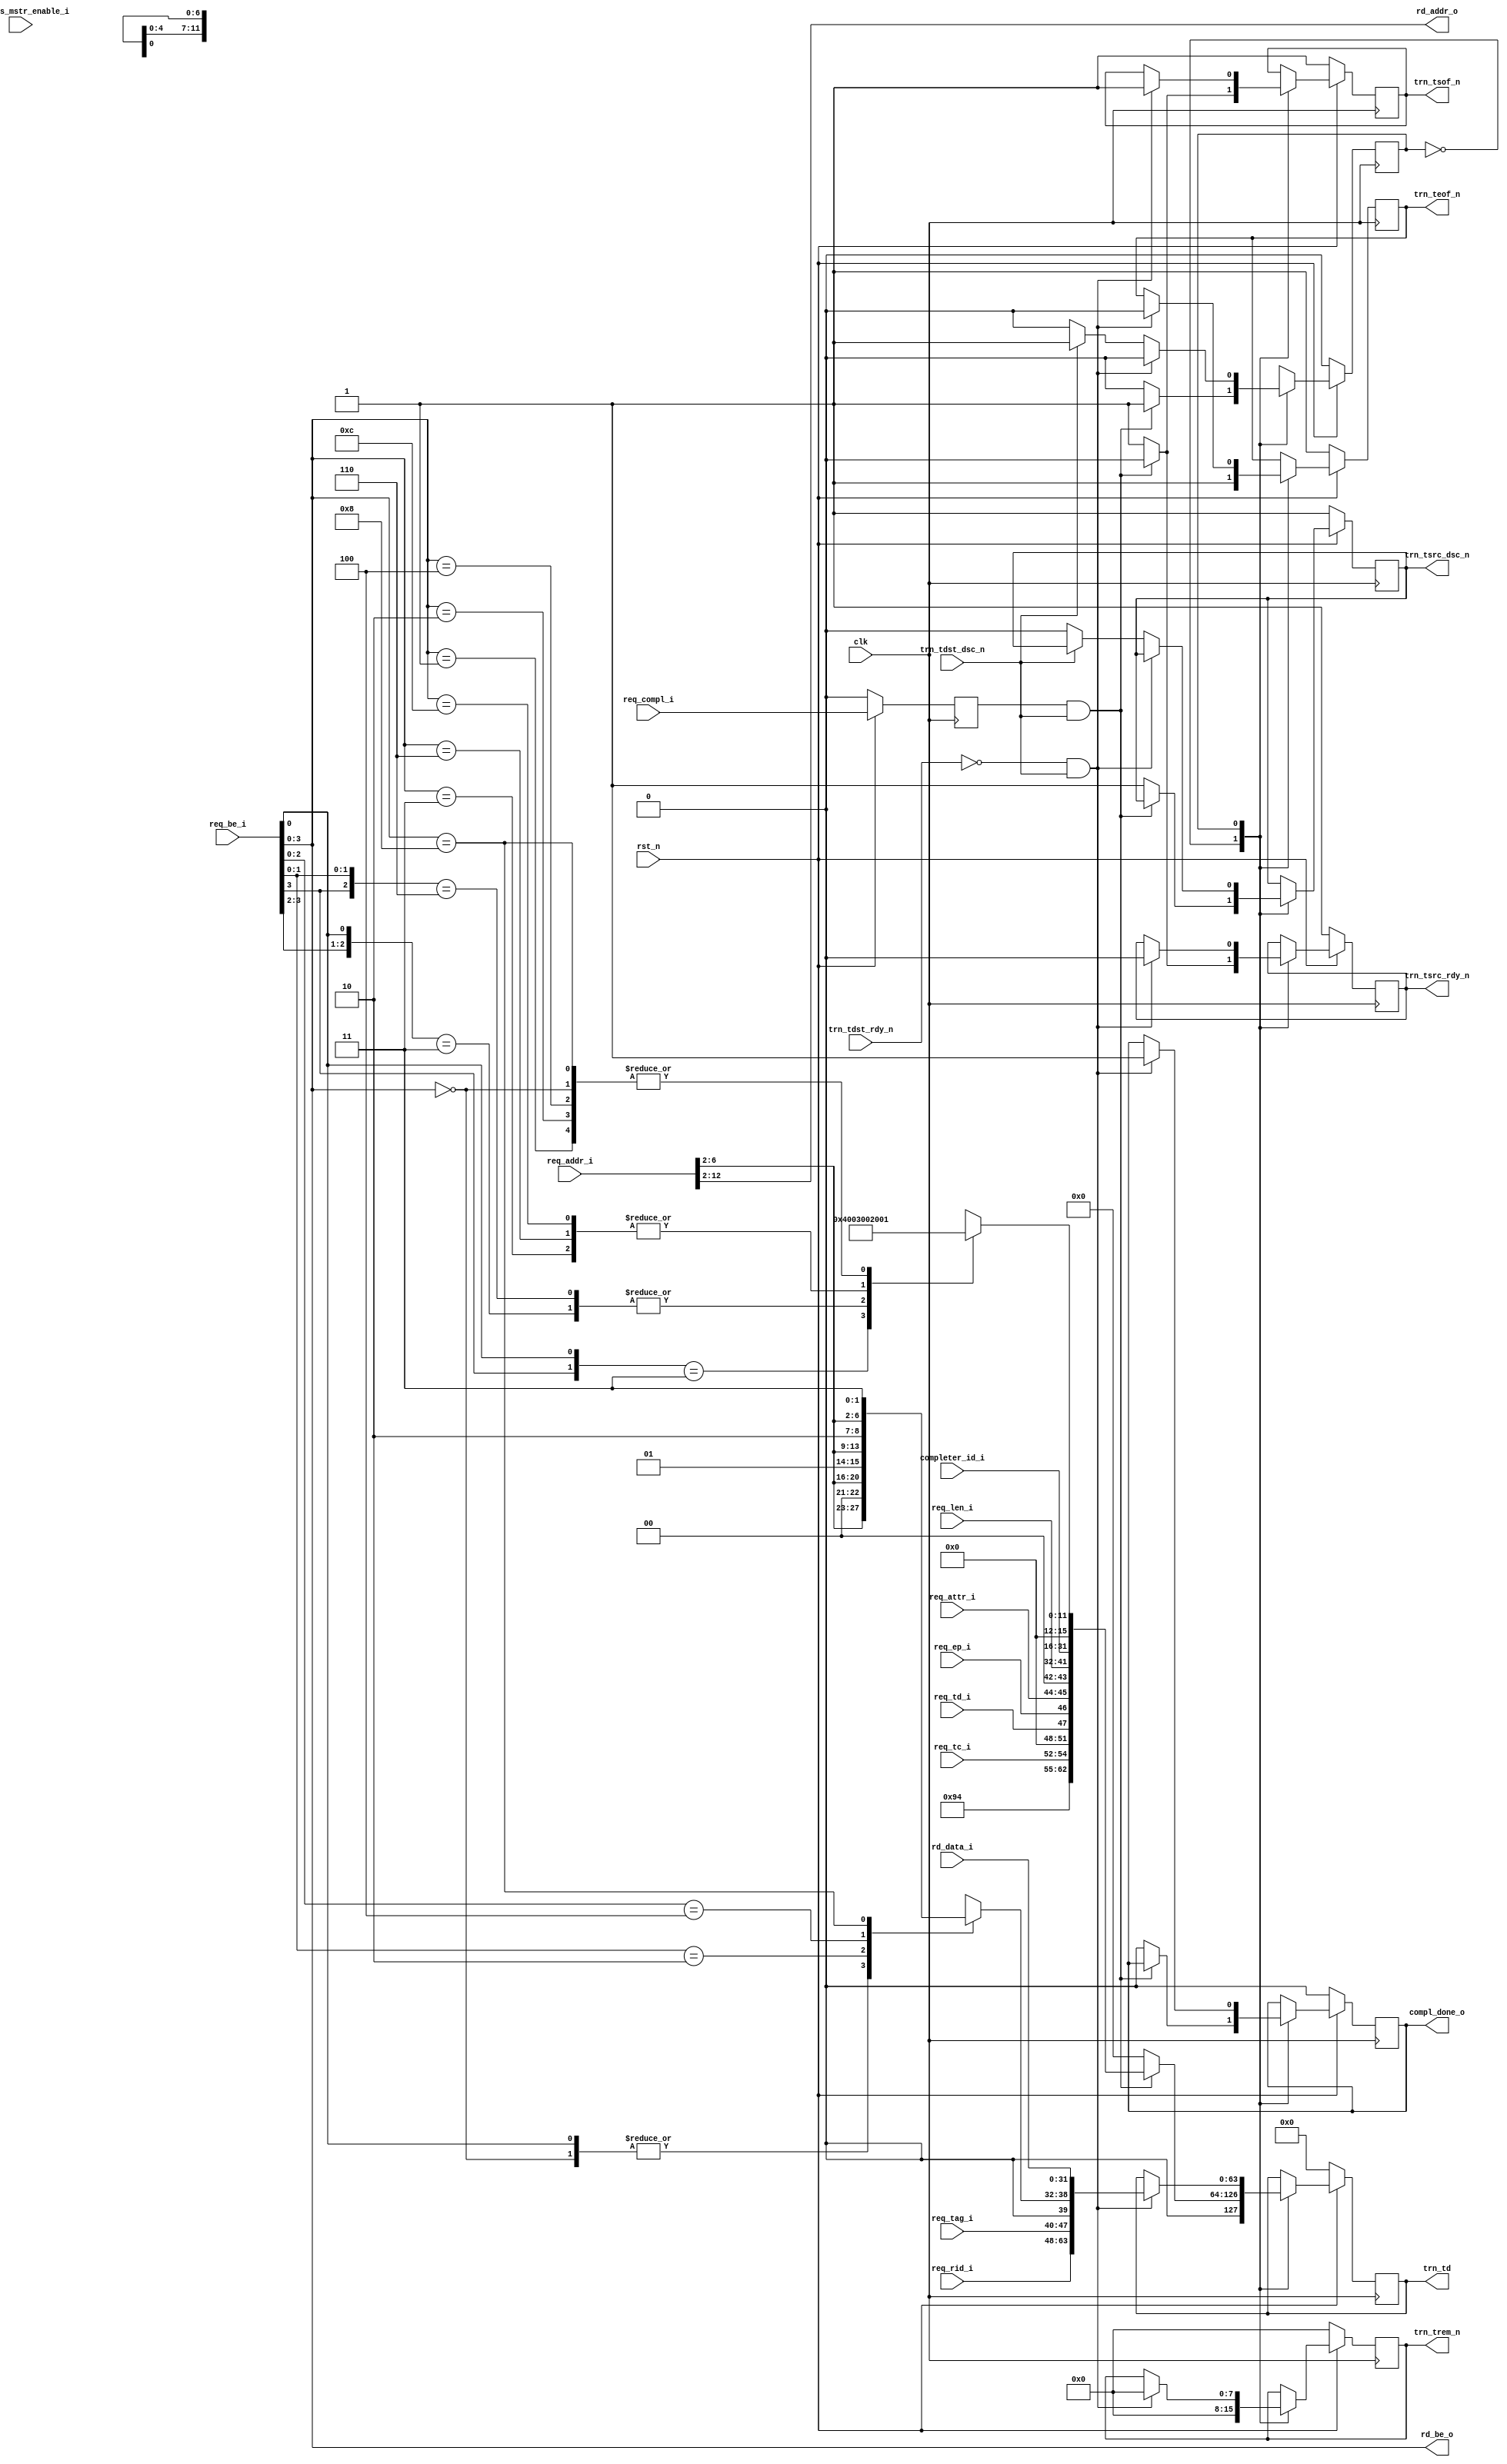
//-----------------------------------------------------------------------------
//
// (c) Copyright 2009-2011 Xilinx, Inc. All rights reserved.
//
// This file contains confidential and proprietary information
// of Xilinx, Inc. and is protected under U.S. and
// international copyright and other intellectual property
// laws.
//
// DISCLAIMER
// This disclaimer is not a license and does not grant any
// rights to the materials distributed herewith. Except as
// otherwise provided in a valid license issued to you by
// Xilinx, and to the maximum extent permitted by applicable
// law: (1) THESE MATERIALS ARE MADE AVAILABLE "AS IS" AND
// WITH ALL FAULTS, AND XILINX HEREBY DISCLAIMS ALL WARRANTIES
// AND CONDITIONS, EXPRESS, IMPLIED, OR STATUTORY, INCLUDING
// BUT NOT LIMITED TO WARRANTIES OF MERCHANTABILITY, NON-
// INFRINGEMENT, OR FITNESS FOR ANY PARTICULAR PURPOSE; and
// (2) Xilinx shall not be liable (whether in contract or tort,
// including negligence, or under any other theory of
// liability) for any loss or damage of any kind or nature
// related to, arising under or in connection with these
// materials, including for any direct, or any indirect,
// special, incidental, or consequential loss or damage
// (including loss of data, profits, goodwill, or any type of
// loss or damage suffered as a result of any action brought
// by a third party) even if such damage or loss was
// reasonably foreseeable or Xilinx had been advised of the
// possibility of the same.
//
// CRITICAL APPLICATIONS
// Xilinx products are not designed or intended to be fail-
// safe, or for use in any application requiring fail-safe
// performance, such as life-support or safety devices or
// systems, Class III medical devices, nuclear facilities,
// applications related to the deployment of airbags, or any
// other applications that could lead to death, personal
// injury, or severe property or environmental damage
// (individually and collectively, "Critical
// Applications"). Customer assumes the sole risk and
// liability of any use of Xilinx products in Critical
// Applications, subject only to applicable laws and
// regulations governing limitations on product liability.
//
// THIS COPYRIGHT NOTICE AND DISCLAIMER MUST BE RETAINED AS
// PART OF THIS FILE AT ALL TIMES.
//
//-----------------------------------------------------------------------------
// Project    : Virtex-6 Integrated Block for PCI Express
// Version    : 1.7
//-- Description: 64 bit Local-Link Transmit Unit.
//--
//--------------------------------------------------------------------------------

`timescale 1ns/1ns

`define PIO_64_CPLD_FMT_TYPE 7'b10_01010

`define PIO_64_TX_RST_STATE  1'b0
`define PIO_64_TX_CPLD_QW1   1'b1

module PIO_64_TX_ENGINE    (

                        clk,
                        rst_n,

                        trn_td,
                        trn_trem_n,
                        trn_tsof_n,
                        trn_teof_n,
                        trn_tsrc_rdy_n,
                        trn_tsrc_dsc_n,
                        trn_tdst_rdy_n,
                        trn_tdst_dsc_n,

                        req_compl_i,
                        compl_done_o,

                        req_tc_i,     
                        req_td_i,
                        req_ep_i,
                        req_attr_i,
                        req_len_i,
                        req_rid_i,        
                        req_tag_i,
                        req_be_i,
                        req_addr_i,

                        // Read Access

                        rd_addr_o,
                        rd_be_o,
                        rd_data_i,

                        completer_id_i,
                        cfg_bus_mstr_enable_i

                        );

    input               clk;
    input               rst_n;

    output [63:0]       trn_td;
    output [7:0]        trn_trem_n;
    output              trn_tsof_n;
    output              trn_teof_n;
    output              trn_tsrc_rdy_n;
    output              trn_tsrc_dsc_n;
    input               trn_tdst_rdy_n;
    input               trn_tdst_dsc_n;

    input               req_compl_i;
    output              compl_done_o;

    input [2:0]         req_tc_i;
    input               req_td_i;
    input               req_ep_i;
    input [1:0]         req_attr_i;
    input [9:0]         req_len_i;
    input [15:0]        req_rid_i;
    input [7:0]         req_tag_i;
    input [7:0]         req_be_i;
    input [12:0]        req_addr_i;

    output [10:0]       rd_addr_o;
    output [3:0]        rd_be_o;
    input  [31:0]       rd_data_i;

    input [15:0]        completer_id_i;
    input               cfg_bus_mstr_enable_i;

    // Local registers

    reg [63:0]          trn_td;
    reg [7:0]           trn_trem_n;
    reg                 trn_tsof_n;
    reg                 trn_teof_n;
    reg                 trn_tsrc_rdy_n;
    reg                 trn_tsrc_dsc_n /*synthesis syn_keep = 1*/;

    reg [11:0]          byte_count;
    reg [06:0]          lower_addr;

    reg                 compl_done_o;
    reg                 req_compl_q;

    reg [0:0]           state;

    // Local wires

    /*
     * Present address and byte enable to memory module
     */

    assign rd_addr_o = req_addr_i[12:2];
    assign rd_be_o =   req_be_i[3:0];

    /*
     * Calculate byte count based on byte enable
     */

    always @ (rd_be_o) begin

      casex (rd_be_o[3:0])

        4'b1xx1 : byte_count = 12'h004;
        4'b01x1 : byte_count = 12'h003;
        4'b1x10 : byte_count = 12'h003;
        4'b0011 : byte_count = 12'h002;
        4'b0110 : byte_count = 12'h002;
        4'b1100 : byte_count = 12'h002;
        4'b0001 : byte_count = 12'h001;
        4'b0010 : byte_count = 12'h001;
        4'b0100 : byte_count = 12'h001;
        4'b1000 : byte_count = 12'h001;
        4'b0000 : byte_count = 12'h001;

      endcase

    end

    /*
     * Calculate lower address based on  byte enable
     */

    always @ (rd_be_o or req_addr_i) begin

      casex (rd_be_o[3:0])
      
        4'b0000 : lower_addr = {req_addr_i[6:2], 2'b00};
        4'bxxx1 : lower_addr = {req_addr_i[6:2], 2'b00};
        4'bxx10 : lower_addr = {req_addr_i[6:2], 2'b01};
        4'bx100 : lower_addr = {req_addr_i[6:2], 2'b10};
        4'b1000 : lower_addr = {req_addr_i[6:2], 2'b11};

      endcase

    end

    always @ ( posedge clk ) begin

        if (!rst_n ) begin

          req_compl_q <= 1'b0;

        end else begin

          req_compl_q <= req_compl_i;

        end

    end

    /*
     *  Generate Completion with 1 DW Payload
     */

    always @ ( posedge clk ) begin

        if (!rst_n ) begin

          trn_tsof_n        <= 1'b1;
          trn_teof_n        <= 1'b1;
          trn_tsrc_rdy_n    <= 1'b1;
          trn_tsrc_dsc_n    <= 1'b1;
          trn_td            <= 64'b0;
          trn_trem_n        <= 8'b0;

          compl_done_o      <= 1'b0;

          state             <= `PIO_64_TX_RST_STATE;

        end else begin


          case ( state )

            `PIO_64_TX_RST_STATE : begin

              if (req_compl_q && trn_tdst_dsc_n) begin

                trn_tsof_n       <= 1'b0;
                trn_teof_n       <= 1'b1;
                trn_tsrc_rdy_n   <= 1'b0;
                trn_td           <= { {1'b0},
                                      `PIO_64_CPLD_FMT_TYPE,
                                      {1'b0}, 
                                      req_tc_i,
                                      {4'b0},
                                      req_td_i,
                                      req_ep_i, 
                                      req_attr_i,
                                      {2'b0}, 
                                      req_len_i,
                                      completer_id_i,
                                      {3'b0},
                                      {1'b0}, 
                                      byte_count };
                trn_trem_n        <= 8'b0;

                state             <= `PIO_64_TX_CPLD_QW1;
               
              end else begin

                trn_tsof_n        <= 1'b1;
                trn_teof_n        <= 1'b1;
                trn_tsrc_rdy_n    <= 1'b1;
                trn_tsrc_dsc_n    <= 1'b1;
                trn_td            <= 64'b0;
                trn_trem_n        <= 8'b0;
                compl_done_o      <= 1'b0;

                state             <= `PIO_64_TX_RST_STATE;

              end

            end

            `PIO_64_TX_CPLD_QW1 : begin

              if ((!trn_tdst_rdy_n) && (trn_tdst_dsc_n)) begin

                trn_tsof_n       <= 1'b1;
                trn_teof_n       <= 1'b0;
                trn_tsrc_rdy_n   <= 1'b0;
                trn_td           <= { req_rid_i,
                                      req_tag_i,
                                      {1'b0},
                                      lower_addr,
                                      rd_data_i };
                trn_trem_n        <= 8'h00;
                compl_done_o      <= 1'b1;

                state             <= `PIO_64_TX_RST_STATE;

              end else if (!trn_tdst_dsc_n) begin

                state             <= `PIO_64_TX_RST_STATE;
                trn_tsrc_dsc_n    <= 1'b0;

              end else
                state             <= `PIO_64_TX_CPLD_QW1;

            end

          endcase

        end

    end

endmodule // PIO_64_TX_ENGINE